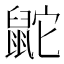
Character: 鼧